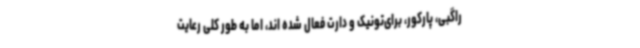
راگبی، پارکور، برای‌تونیک و دارت فعال شده اند، اما به طور کلی رعایت